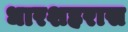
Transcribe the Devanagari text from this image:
धारशहरास